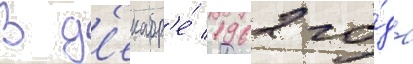
В д'екабр'е́ 1962 го́да